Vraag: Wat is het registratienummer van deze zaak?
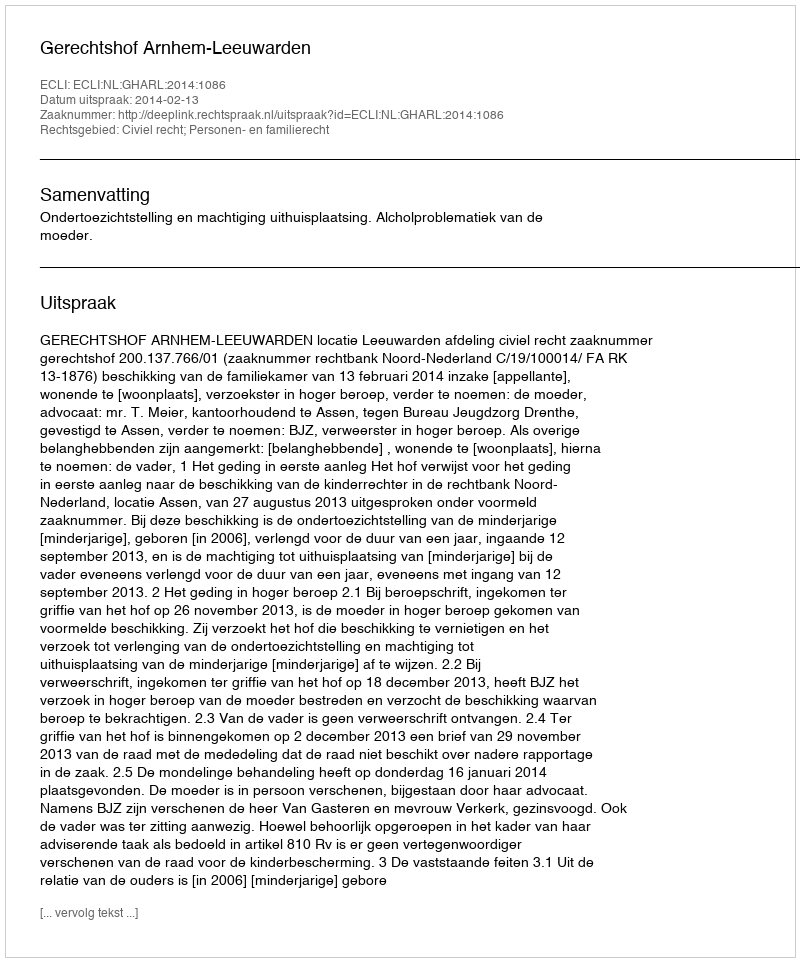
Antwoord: http://deeplink.rechtspraak.nl/uitspraak?id=ECLI:NL:GHARL:2014:1086